Report on horse surra - Volume II, Part II
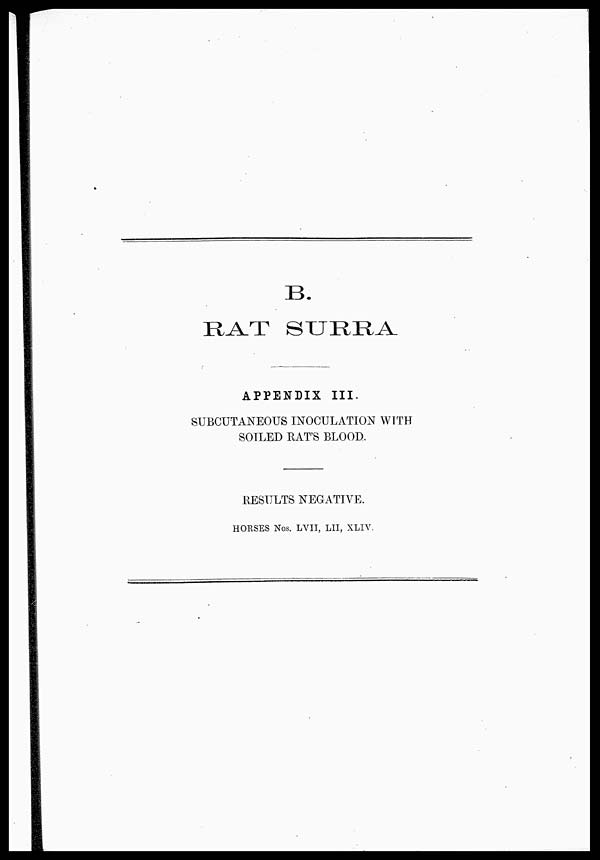
B.
RAT
SURRA
APPENDIX III.
SUBCUTANEOUS INOCULATION WITH
SOILED RAT'S BLOOD.
RESULTS NEGATIVE.
HORSES Nos. LVII, LII, XLIV.